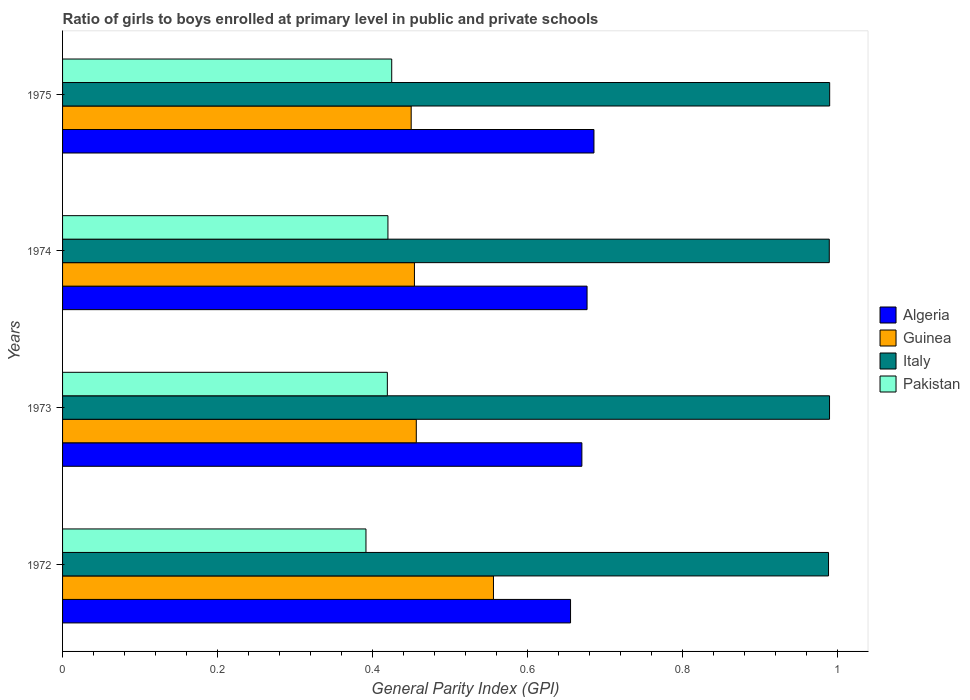
| Years | Algeria | Guinea | Italy | Pakistan |
 | --- | --- | --- | --- | --- |
 | 1972 | 0.655 | 0.556 | 0.988 | 0.391 |
 | 1973 | 0.67 | 0.456 | 0.99 | 0.419 |
 | 1974 | 0.677 | 0.454 | 0.989 | 0.42 |
 | 1975 | 0.686 | 0.45 | 0.99 | 0.425 |